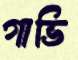
গাভি